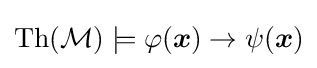
\operatorname {Th} ({\mathcal {M}})\models \varphi ({\boldsymbol {x}})\rightarrow \psi ({\boldsymbol {x}})